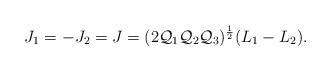
\begin{align*}J_1=-J_2=J=(2{\cal Q}_1{\cal Q}_2{\cal Q}_3)^{1\over 2}(L_1-L_2).\end{align*}